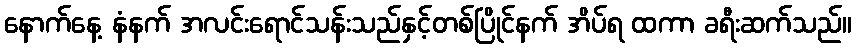
နောက်နေ့ နံနက် အလင်းရောင်သန်းသည်နှင့်တစ်ပြိုင်နက် အိပ်ရ ထကာ ခရီးဆက်သည်။